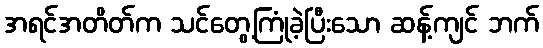
အရင်အတိတ်က သင်တွေ့ကြုံခဲ့ပြီးသော ဆန့်ကျင် ဘက်